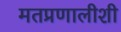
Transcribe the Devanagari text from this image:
मतप्रणालीशी